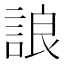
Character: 誏